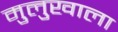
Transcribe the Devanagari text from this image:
मुलुखाला